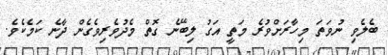
ބެލެވި ނުވަތަ މިހާރަށްވުރެ މަތީ އަގު ލިބޭނެ ގޮތް މެދުވެރިވެގެން ދާނެ ކަމެކެވެ.